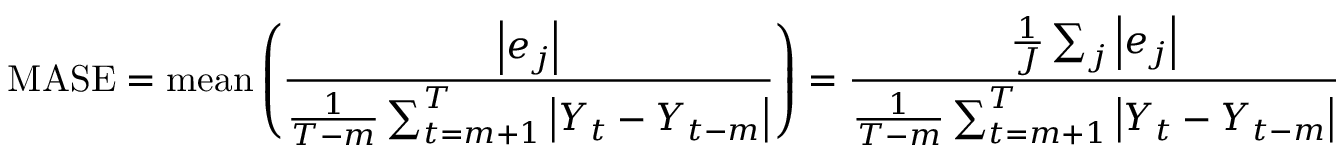
\mathrm { M A S E } = \mathrm { m e a n } \left( { \frac { \left| e _ { j } \right| } { { \frac { 1 } { T - m } } \sum _ { t = m + 1 } ^ { T } \left| Y _ { t } - Y _ { t - m } \right| } } \right) = { \frac { { \frac { 1 } { J } } \sum _ { j } \left| e _ { j } \right| } { { \frac { 1 } { T - m } } \sum _ { t = m + 1 } ^ { T } \left| Y _ { t } - Y _ { t - m } \right| } }